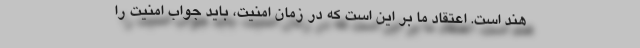
هند است. اعتقاد ما بر این است که در زمان امنیت، باید جواب امنیت را